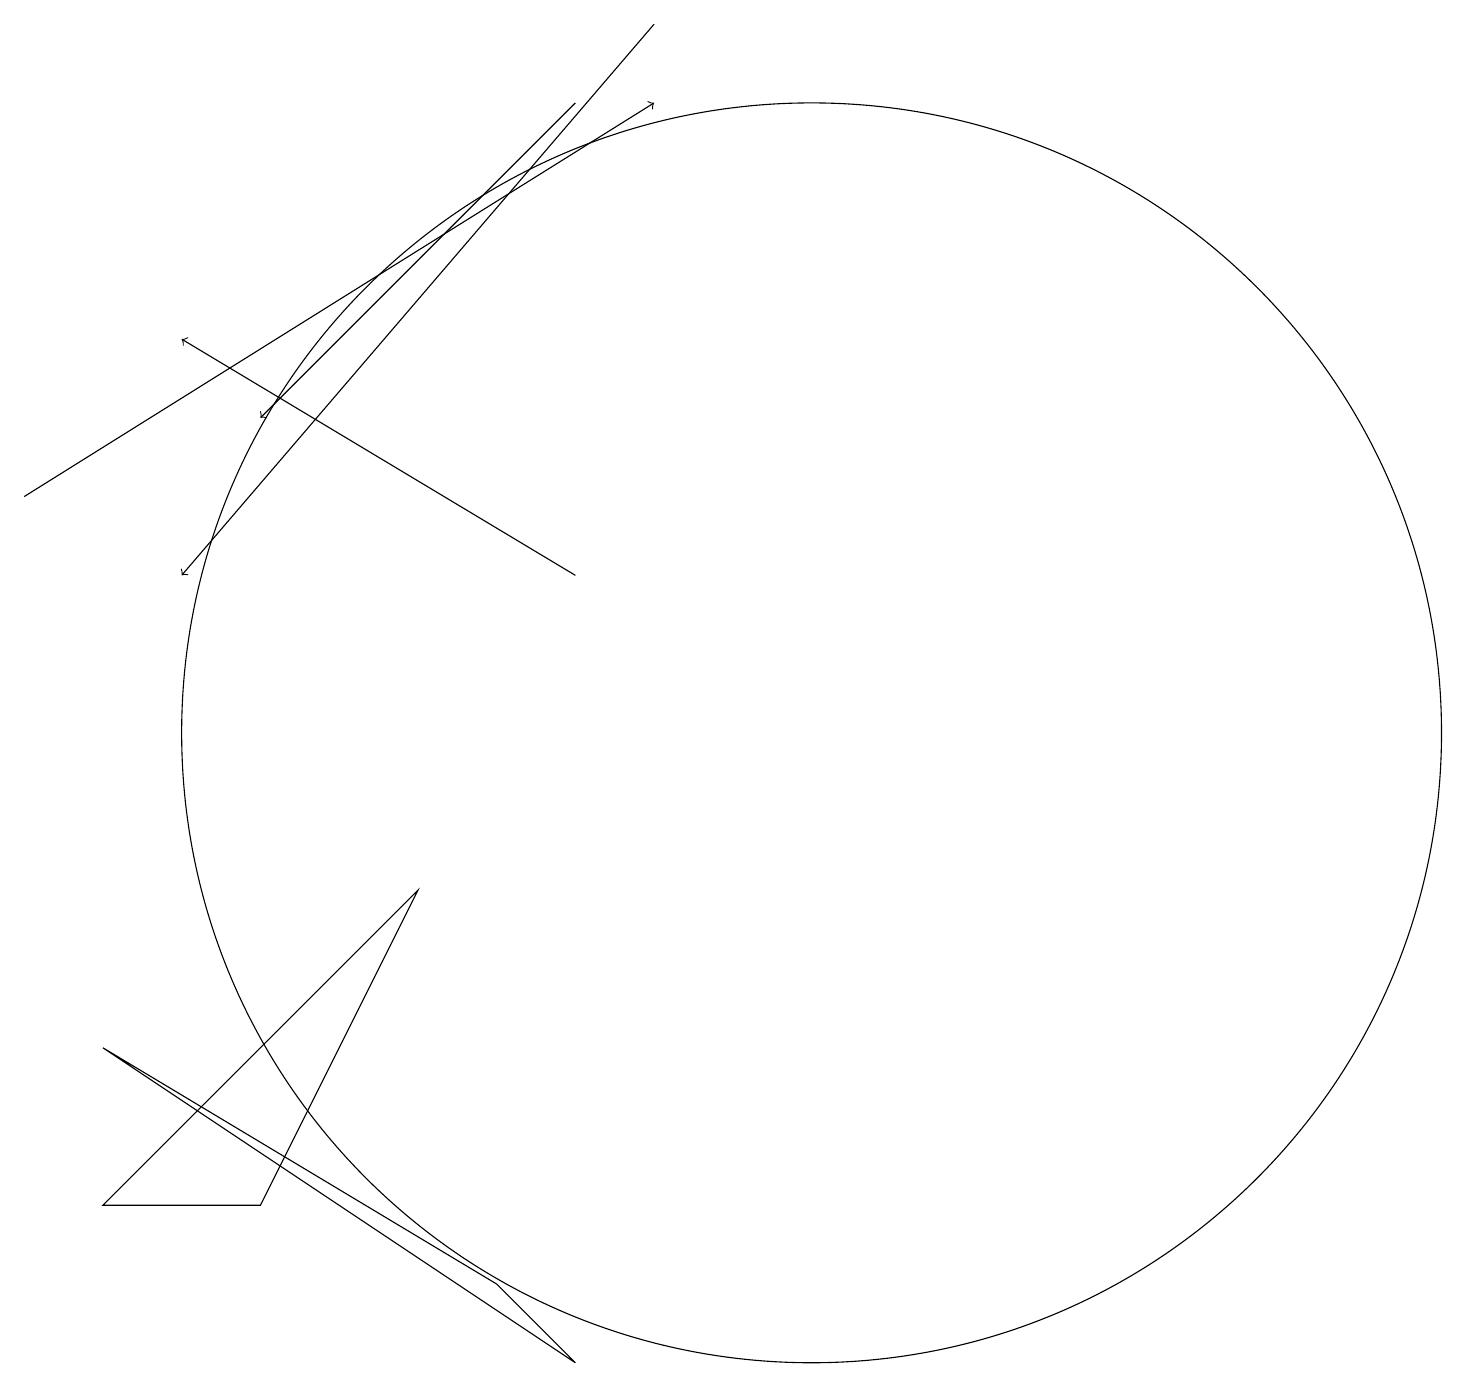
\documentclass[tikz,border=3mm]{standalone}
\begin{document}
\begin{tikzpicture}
\draw[->] (8,19) -- (2,12);
\draw[->] (7,18) -- (3,14);
\draw[->] (0,13) -- (8,18);
\draw (10,10) circle (8);
\draw (6,3) -- (1,6) -- (7,2) -- cycle;
\draw[->] (7,12) -- (2,15);
\draw (5,8) -- (3,4) -- (1,4) -- cycle;
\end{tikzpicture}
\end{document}